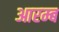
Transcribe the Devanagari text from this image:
आरम्ब